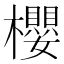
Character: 櫻